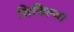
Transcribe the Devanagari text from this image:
सिथिल्या